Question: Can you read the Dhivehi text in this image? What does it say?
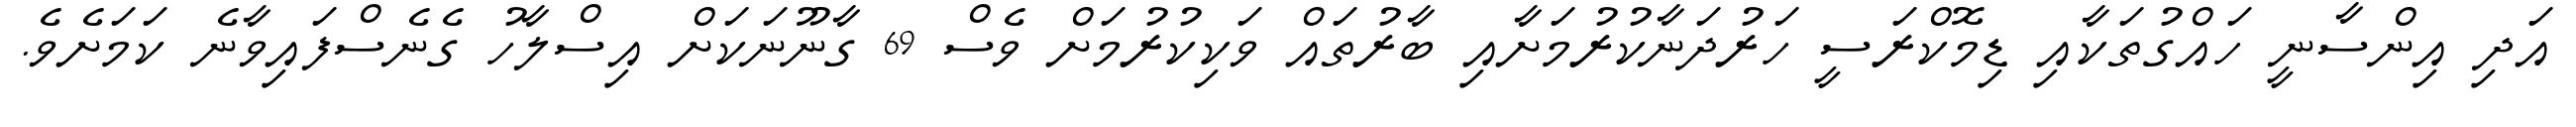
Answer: އަދި އިންސާނީ ހައްގުތަކާއި ޑިމޮކްރަސީ ހަރުދަނާކުރުމަށާއި ބާރުތައް ވަކިކުރުމަށް ވެސް 69 ގާނޫނަކަށް އިސްލާހު ގެނެސްފައިވާނެ ކަމަށެވެ.